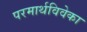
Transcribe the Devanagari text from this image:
परमार्थविवेका